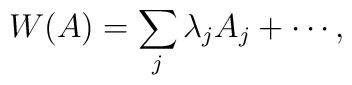
W(A) = \sum_{j}\lambda_j A_j + \cdots,